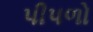
પીપળો